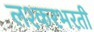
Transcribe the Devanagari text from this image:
लश्करभरती